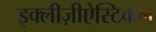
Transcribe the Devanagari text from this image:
इक्लीज़ीऐस्टिकल